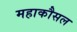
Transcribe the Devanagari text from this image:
महाकौसल